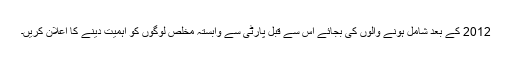
2012 کے بعد شامل ہونے والوں کی بجائے اس سے قبل پارٹی سے وابستہ مخلص لوگوں کو اہمیت دینے کا اعلان کریں۔